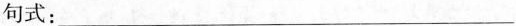
句式：______